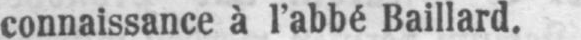
connaissance à l’abbé Baillard.